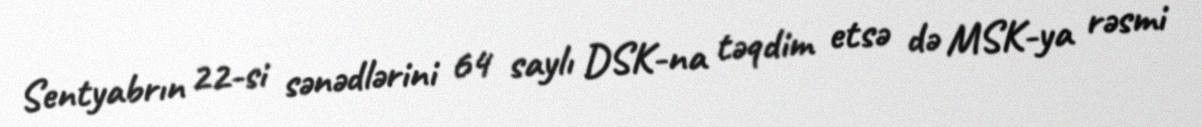
Sentyabrın 22-si sənədlərini 64 saylı DSK-na təqdim etsə də MSK-ya rəsmi